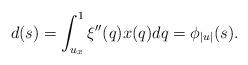
LaTeX: \begin{align*}d(s)&=\int_{u_{ {x}}}^1\xi''(q) {x}(q)dq= {\phi}_{|u|}(s).\end{align*}